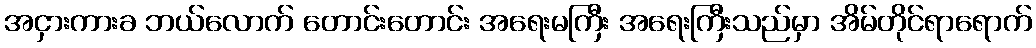
အငှားကားခ ဘယ်လောက် တောင်းတောင်း အရေးမကြီး အရေးကြီးသည်မှာ အိမ်တိုင်ရာရောက်